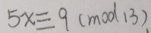
5 x \equiv 9 ( m o d 1 3 ) .